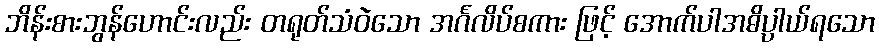
ဘိန်းစားဘွန်ဟောင်းလည်း တရုတ်သံဝဲသော အင်္ဂလိပ်စကား ဖြင့် အောက်ပါအဓိပ္ပာယ်ရသော